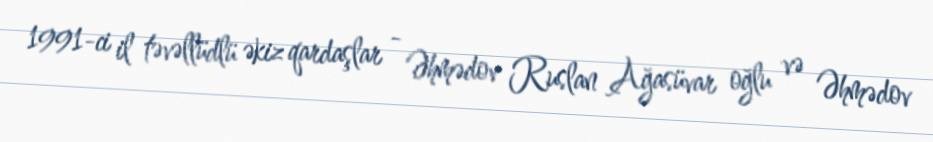
1991-ci il təvəllüdlü əkiz qardaşlar - Əhmədov Ruslan Ağasüvar oğlu və Əhmədov